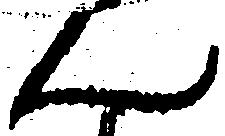
ん